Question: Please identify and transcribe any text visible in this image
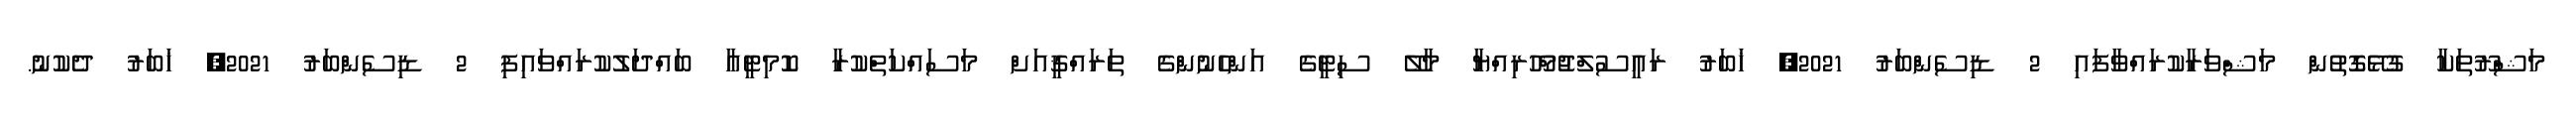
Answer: މަޝްރޫތަކާ ގުޅޭގޮތުން މަޝްވަރާކުރައްވާފައި 2 ޑިސެންބަރު 2021, ޚަބަރު ރައީސުލްޖުމްހޫރިއްޔާ މާލޭ ސިޓީގެ އަންހެނުންގެ ތަރައްޤީއަށް މަސައްކަތްކުރާ ކޮމިޓީއާ ބައްދަލުކުރައްވައިފި 2 ޑިސެންބަރު 2021, ޚަބަރު ދެކުނު.